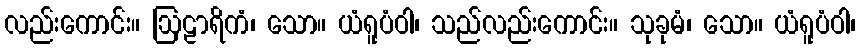
လည်းကောင်း။ ဩဠာရိကံ၊ သော။ ယံရူပံဝါ၊ သည်လည်းကောင်း။ သုခုမံ၊ သော။ ယံရူပံဝါ၊